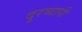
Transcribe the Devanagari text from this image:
दूरव्यापी